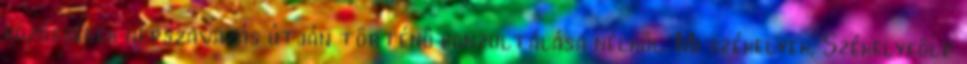
közösségek népszavazás útján történő konzultálása nélkül. Mi székelyek, Székelyföld